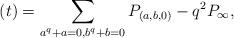
LaTeX: \begin{align*}(t)=\sum_{a^q+a=0, b^q+b=0} P_{(a,b,0)} - q^2 P_\infty,\end{align*}